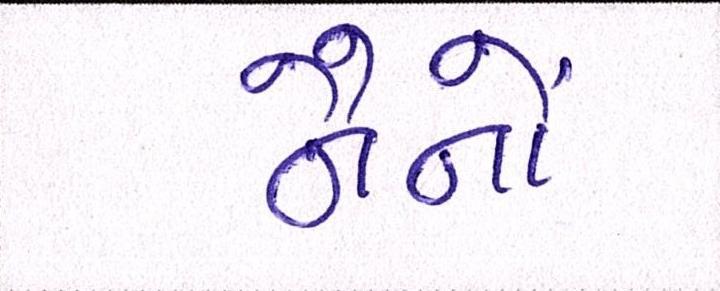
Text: નૈનોં